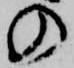
の